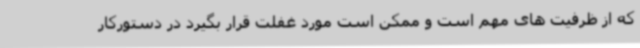
که از ظرفیت های مهم است و ممکن است مورد غفلت قرار بگیرد در دستورکار